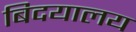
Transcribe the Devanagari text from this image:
बिदयालय